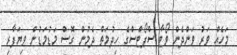
މަހެއް ވަރު ވަންދެން ވޯޓާ ސްޕޯޓްސްގެ ހިދުމަތް ދެމުން ގޮސް މަޑުމަޑުން ވިޔަފާރި